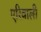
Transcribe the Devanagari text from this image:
एरिवाली